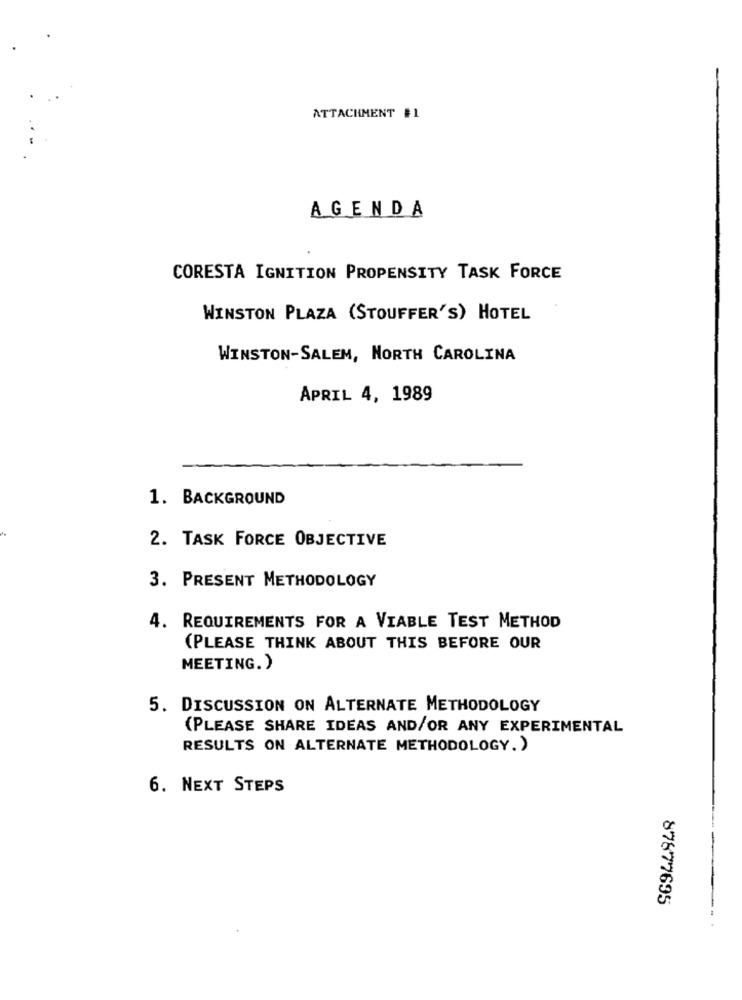
ATTACHMENT #1
AGENDA
CORESTA IGNITION PROPENSITY TASK FORCE
WINSTON PLAZA (STOUFFER'S) HOTEL
WINSTON-SALEM, NORTH CAROLINA
APRIL 4, 1989
1. BACKGROUND
2. TASK FORCE OBJECTIVE
3. PRESENT METHODOLOGY
4. REQUIREMENTS FOR A VIABLE TEST METHOD
(PLEASE THINK ABOUT THIS BEFORE OUR
MEETING.)
5. DISCUSSION ON ALTERNATE METHODOLOGY
(PLEASE SHARE IDEAS AND/OR ANY EXPERIMENTAL
RESULTS ON ALTERNATE METHODOLOGY.)
6. NEXT STEPS
87877695